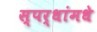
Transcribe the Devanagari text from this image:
स्पर्धांमधे